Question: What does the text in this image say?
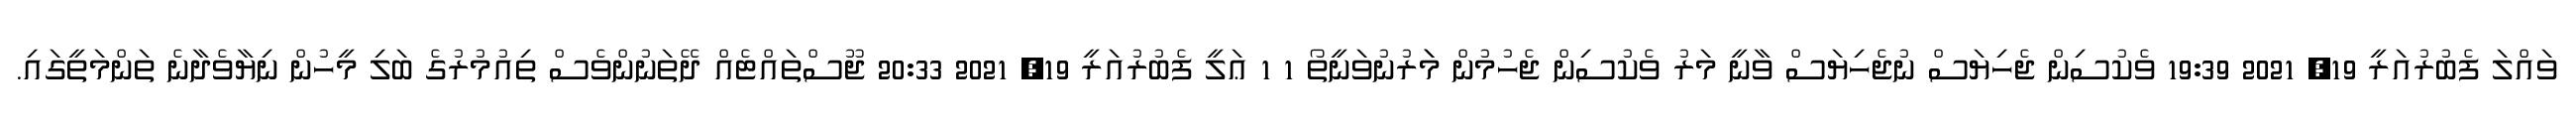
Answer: ވައްލަ ފެބުރުއަރީ 19, 2021 19:39 ވެކުސިން ޖެހިޔަސް ނުޖެހިޔަސް ވާނީ މަރު ވެކުސިން ޖެހުމުން މަަރުނުވަނީތޯ 1 1 ޢަލީ ފެބުރުއަރީ 19, 2021 20:33 ޖޫސްތައްޓެއް ދޭތަނުންވެސް ތިއުމުރުގެ ބަލި މީހުން ނިޔާވެދާނެ ތަންމަތީގައި.